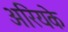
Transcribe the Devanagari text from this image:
अरियके